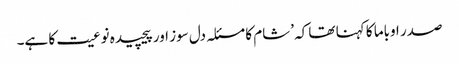
صدر اوباما کا کہنا تھا کہ ’شام کا مسئلہ دل سوز اور پیچیدہ نوعیت کا ہے۔